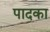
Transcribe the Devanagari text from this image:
पादका